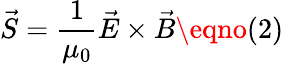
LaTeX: \vec{S}=\frac{1}{\mu_{0}}\vec{E}\times\vec{B}\eqno(2)